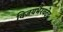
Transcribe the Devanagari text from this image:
विजयभैरवदेव